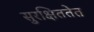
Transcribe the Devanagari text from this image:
सुरक्षिततेत